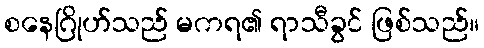
စနေဂြိုဟ်သည် မကရ၏ ရာသီခွင် ဖြစ်သည်။